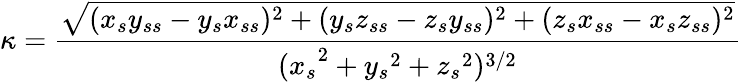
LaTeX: \kappa=\frac{\sqrt{(x_{s}y_{ss}-y_{s}x_{ss})^{2}+(y_{s}z_{ss}-z_{s}y_{ss})^{2}+(z_{s}x_{ss}-x_{s}z_{ss})^{2}}}{{(x_{s}}^{2}+{y_{s}}^{2}+{z_{s}}^{2})^{3/2}}